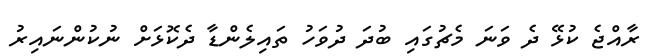
ރާއްޖެ ކުޅޭ ދެ ވަނަ މެޗުގައި ބުދަ ދުވަހު ތައިލެންޑާ ދެކޮޅަށް ނުކުންނައިރު